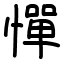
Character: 憚